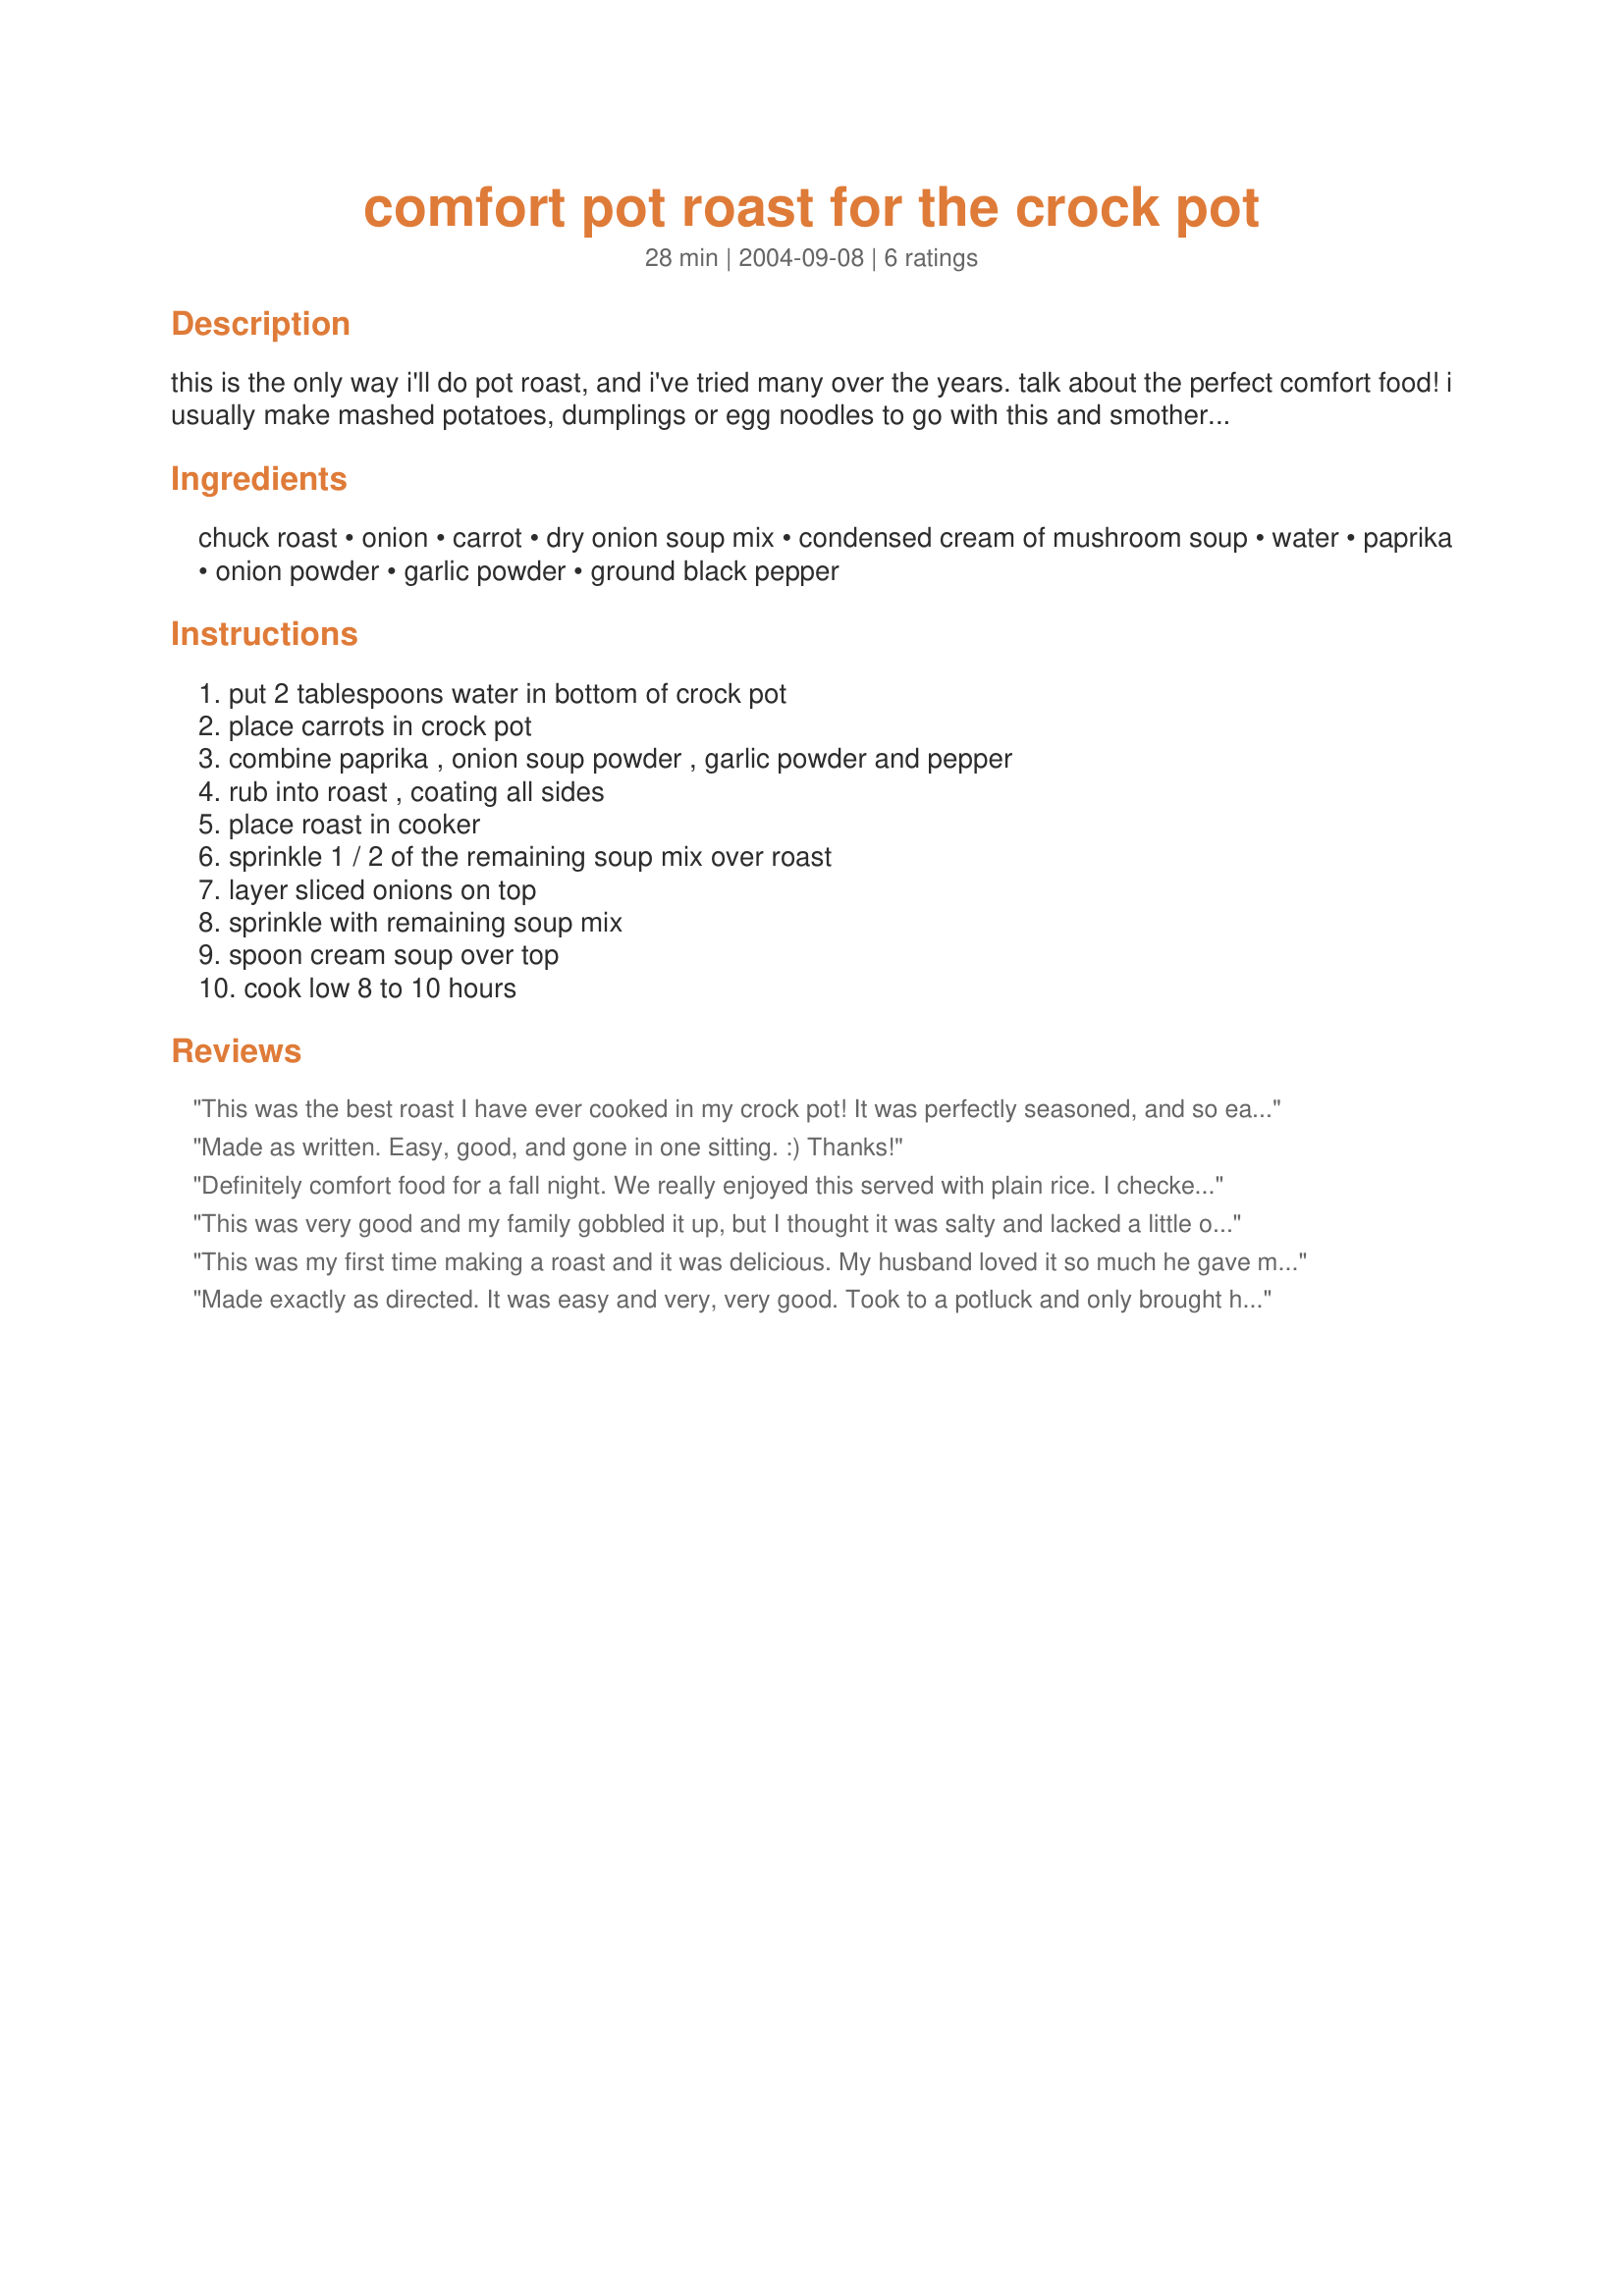
comfort pot roast for the crock pot
Preparation time: 28 minutes

this is the only way i'll do pot roast, and i've tried many over the years. talk about the perfect comfort food! i usually make mashed potatoes, dumplings or egg noodles to go with this and smother all in the delicious gravy.

Ingredients:
chuck roast, onion, carrot, dry onion soup mix, condensed cream of mushroom soup, water, paprika, onion powder, garlic powder, ground black pepper

Steps:
put 2 tablespoons water in bottom of crock pot, place carrots in crock pot, combine paprika , onion soup powder , garlic powder and pepper, rub into roast , coating all sides, place roast in cooker, sprinkle 1 / 2 of the remaining soup mix over roast, layer sliced onions on top, sprinkle with remaining soup mix, spoon cream soup over top, cook low 8 to 10 hours

Reviews:
This was the best roast I have ever cooked in my crock pot! It was perfectly seasoned, and so easy! Paired with mashed potatoes and with Copycat Red Lobster's Cheddar Biscuits #54657, it was real comfort food. Thank you shelbyrose for my new favorite pot roast recipe!
Made as written. Easy, good, and gone in one sitting. :) Thanks!
Definitely comfort food for a fall night. We really enjoyed this served with plain rice. I checked the gravy before serving and it was too salty for me, so I added some extra water and thickened it with cornstarch. That worked quite well and the gravy was really tasty, I especially liked the use paprika. I'd definitely make this again, thanks for posting.
This was very good and my family gobbled it up, but I thought it was salty and lacked a little of that "homemade" flavor. Maybe add a splash of red wine to deepen the flavor? With all the other pot roast recipes, I'll probably try another before I repeat this one.
This was my first time making a roast and it was delicious. My husband loved it so much he gave me a kiss.It was very easy to make! This will be permanently in my cookbook!
Made exactly as directed. It was easy and very, very good. Took to a potluck and only brought home the bones for the dog!!
